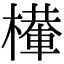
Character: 檋